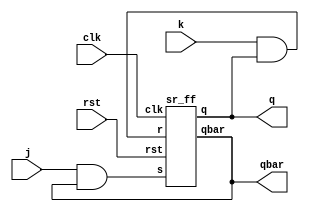
`timescale 1ns / 1ps
//////////////////////////////////////////////////////////////////////////////////
// Company: 
// Engineer: 
// 
// Design Name: 
// Module Name: jk_sr_ff
// Project Name: 
// Target Devices: 
// Tool Versions: 
// Description: 
// 
// Dependencies: 
// 
// Revision:
// Revision 0.01 - File Created
// Additional Comments:
// 
//////////////////////////////////////////////////////////////////////////////////


module jk_sr_ff(j,k,clk,rst,q,qbar);
input j,k,clk,rst;
output  q,qbar;
wire w1,w2;



and a1(w1,j,qbar);
and a2(w2,k,q);
sr_ff a3(w1,w2,clk,rst,q,qbar);

endmodule



module sr_ff(s,r,clk,rst,q,qbar);
input s,r,clk,rst;
output reg q,qbar;
always@(posedge clk)
begin
if(rst)
    {q,qbar}={1'b1,1'b0};
else begin
case({s,r})
 
                2'b00:{q,qbar} <={q,qbar};
            2'b01:
                {q,qbar} <={1'b0,1'b1};
            2'b10:
                {q,qbar} <={1'b1,1'b0};
            2'b11:
               {q,qbar} <={1'bx,1'bx};
            default:
                {q,qbar} <= {q,qbar};
endcase
end
end


endmodule